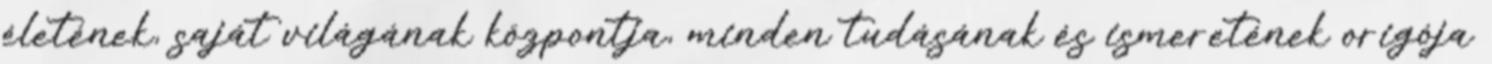
életének, saját világának központja, minden tudásának és ismeretének origója